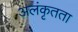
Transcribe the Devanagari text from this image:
अलंकृतता